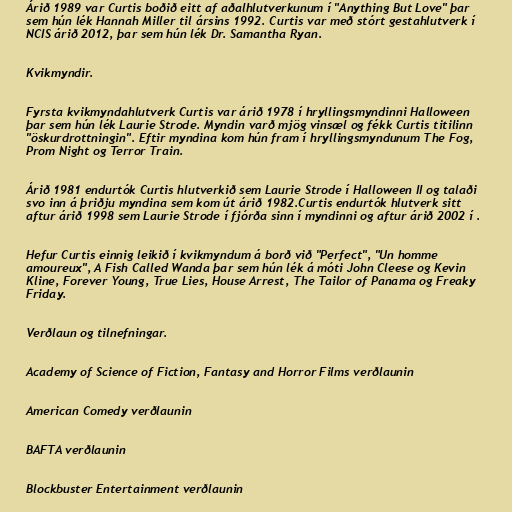
Árið 1989 var Curtis boðið eitt af aðalhlutverkunum í "Anything But Love" þar
sem hún lék Hannah Miller til ársins 1992. Curtis var með stórt gestahlutverk í
NCIS árið 2012, þar sem hún lék Dr. Samantha Ryan.

Kvikmyndir.

Fyrsta kvikmyndahlutverk Curtis var árið 1978 í hryllingsmyndinni Halloween
þar sem hún lék Laurie Strode. Myndin varð mjög vinsæl og fékk Curtis titilinn
"öskurdrottningin". Eftir myndina kom hún fram í hryllingsmyndunum The Fog,
Prom Night og Terror Train.

Árið 1981 endurtók Curtis hlutverkið sem Laurie Strode í Halloween II og talaði
svo inn á þriðju myndina sem kom út árið 1982.Curtis endurtók hlutverk sitt
aftur árið 1998 sem Laurie Strode í fjórða sinn í myndinni og aftur árið 2002 í .

Hefur Curtis einnig leikið í kvikmyndum á borð við "Perfect", "Un homme
amoureux", A Fish Called Wanda þar sem hún lék á móti John Cleese og Kevin
Kline, Forever Young, True Lies, House Arrest, The Tailor of Panama og Freaky
Friday.

Verðlaun og tilnefningar.

Academy of Science of Fiction, Fantasy and Horror Films verðlaunin

American Comedy verðlaunin

BAFTA verðlaunin

Blockbuster Entertainment verðlaunin